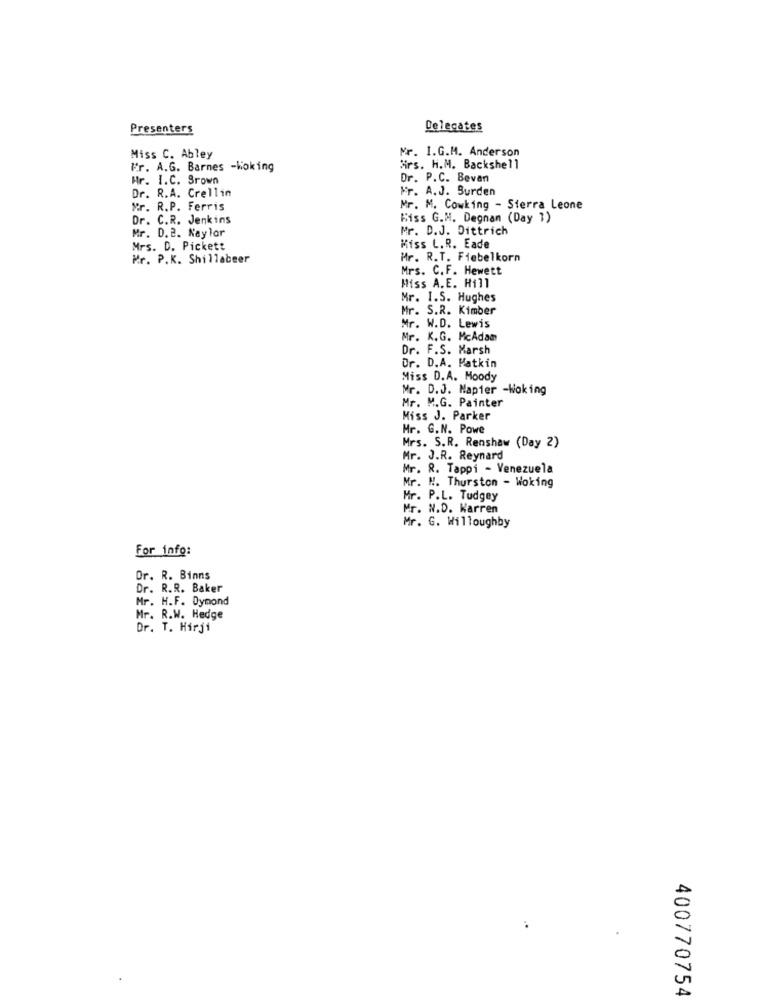
Presenters
Delegates
Mr. I.G.M. Anderson
Miss C. Abley
Fr. A.G. Barnes -Woking
Mrs. H.M. Backshell
Hr. I.C. Srown
Dr. P.C. Bevan
Dr. R.A. Crellin
Fr. A.J. Burden
Mr. R.P. Ferris
Mr. M. Cowking - Sierra Leone
Dr. C.R. Jenkins
Hiss G.M. Degnan (Day 1)
Mr. D.2. Naylor
Mr. D.J. Dittrich
Mrs. D. Pickett
Miss L.R. Eade
Mr. P.K. Shillabeer
Mr. R.T. Fiebelkorn
Mrs. C.F. Hewett
Miss A. E. Hill
Mr. I.S. Hughes
Mr. S.R. Kimber
Mr. W.D. Lewis
Mr. K.G. McAdam
Dr. F.S. Marsh
Dr. D.A. Matkin
Miss D.A. Moody
Mr. D.J. Napier -Woking
Mr. M.G. Painter
Miss J. Parker
Mr. G.N. Powe
Mrs. S.R. Renshaw (Day 2)
Mr. J.R. Reynard
Mr. R. Tappi - Venezuela
Mr. N. Thurston - Woking
Mr. P.L. Tudgey
Mr. N.D. Warren
Mr. G. Willoughby
For info:
Dr. R. Binns
Dr. R.R. Baker
Mr. H.F. Dymond
Mr. R.W. Hedge
Dr. T. Hirji
400770754